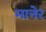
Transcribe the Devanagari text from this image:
मानेर